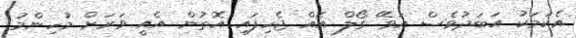
އެކަމަކު އަބަދުވެސް އަވޭ ގޯލް އެއް ޖެހިފައި އޮތުން އެއީ ވަރަށް މުހިންމު